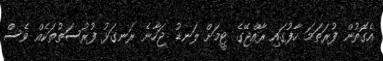
އެގޮތުން ފުރަތަމަ ހާފުގައި ރާއްޖޭގެ ޓީމަށް ލަނޑު ޖަހާނެ ރަނގަޅު ފުރުސަތުތަކެއް ވެސް